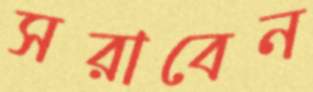
সরাবেন